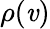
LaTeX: \rho(\mathit{v})